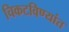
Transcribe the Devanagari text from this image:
चिकटविण्यांत